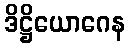
ဒိဋ္ဌိယောဂေန